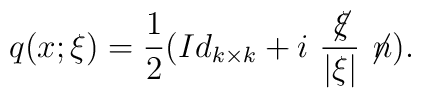
q(x;\xi )=\frac 12(Id_{k\times k}+i\ \frac{\not \! \xi }{\vert \xi \vert } \not\! n).